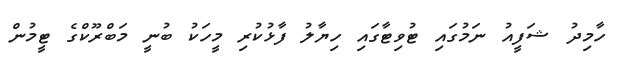
ހާމިދު ޝަފީއު ނަމުގައި ޓުވިޓާގައި ހިޔާލު ފާޅުކުރި މީހަކު ބުނީ މަބްރޫކްގެ ޓީމުން